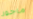
ماجور